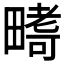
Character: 𭻪